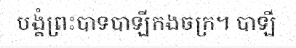
បង្គំព្រះបាទបាឡីកងចក្រ។ បាឡី